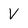
Character: V